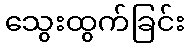
သွေးထွက်ခြင်း